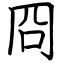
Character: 冏